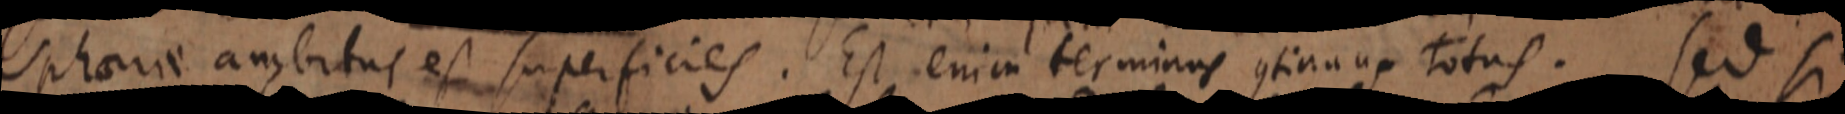
sphaera ambitus est superficies. Est enim terminus continuus totus. Sed si